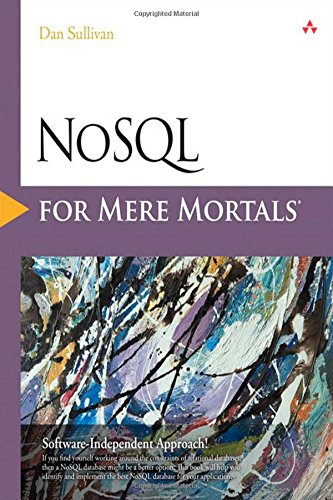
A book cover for NoSQL for Mere Mortals; Dan Sullivan; Computers & Technology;